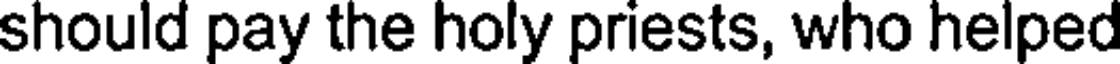
should pay the holy priests, who helped